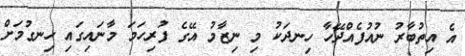
އެ އިތުބާރު ނުއުފެއްދޭހާ ހިނދަކު މި ނިޒާމު އޭގެ ފުރިހަމަ މާނައިގައި ހިނގުމަށް